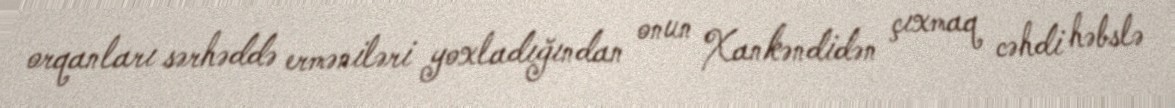
orqanları sərhəddə erməniləri yoxladığından onun Xankəndidən çıxmaq cəhdi həbslə